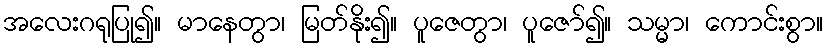
အလေးဂရုပြု၍။ မာနေတွာ၊ မြတ်နိုး၍။ ပူဇေတွာ၊ ပူဇော်၍။ သမ္မာ၊ ကောင်းစွာ။